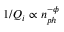
1 / Q _ { i } \propto n _ { p h } ^ { - \phi }